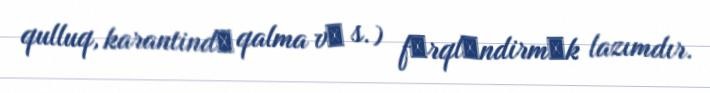
qulluq, karantindә qalma vә s.) fәrqlәndirmәk lazımdır.